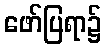
ဖော်ပြရာ၌